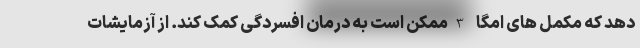
دهد که مکمل های امگا-3 ممکن است به درمان افسردگی کمک کند. از آزمایشات